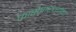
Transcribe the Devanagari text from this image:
फासेपारध्यांना